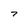
Character: 7